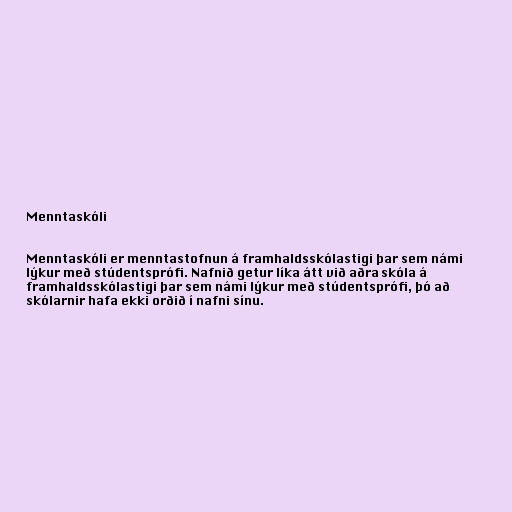
Menntaskóli

Menntaskóli er menntastofnun á framhaldsskólastigi þar sem námi
lýkur með stúdentsprófi. Nafnið getur líka átt við aðra skóla á
framhaldsskólastigi þar sem námi lýkur með stúdentsprófi, þó að
skólarnir hafa ekki orðið í nafni sínu.